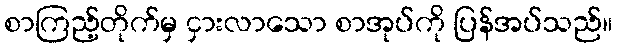
စာကြည့်တိုက်မှ ငှားလာသော စာအုပ်ကို ပြန်အပ်သည်။